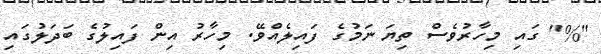
"%" ގައި މިހާރުވެސް ތިޔަ ނަމުގެ ފައިލެއްވޭ. މިހާރު އިން ފައިލުގެ ބަދަލުގައި